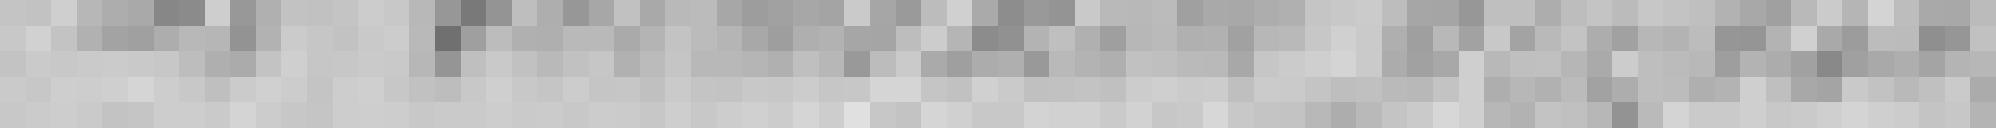
???